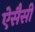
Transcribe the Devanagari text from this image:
ऐसैसी